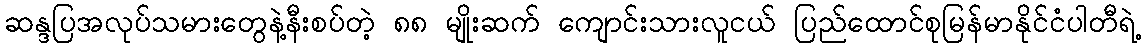
ဆန္ဒပြအလုပ်သမားတွေနဲ့နီးစပ်တဲ့ ၈၈ မျိုးဆက် ကျောင်းသားလူငယ် ပြည်ထောင်စုမြန်မာနိုင်ငံပါတီရဲ့